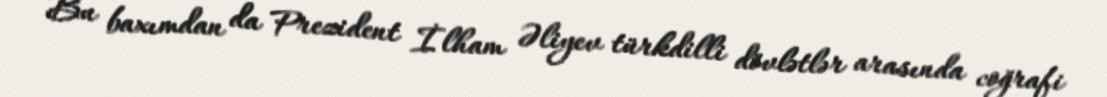
Bu baxımdan da Prezident İlham Əliyev türkdilli dövlətlər arasında coğrafi